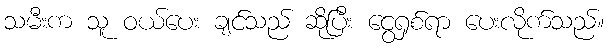
သမီးက သူ ဝယ်ပေး ချင်သည် ဆိုပြီး ငွေရှစ်ရာ ပေးလိုက်သည်။